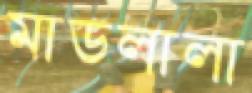
মাডলালা